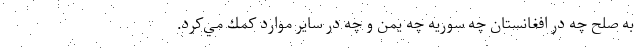
به صلح چه در افغانستان چه سوريه چه يمن و چه در ساير موارد كمك مي‌كرد.